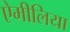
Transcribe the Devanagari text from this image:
ऐमीलिया